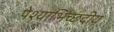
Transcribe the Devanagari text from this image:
पेश्याभिच्छदीय